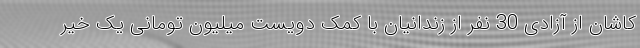
کاشان از آزادی 30 نفر از زندانیان با کمک دویست میلیون تومانی یک خیر